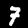
Label: 7